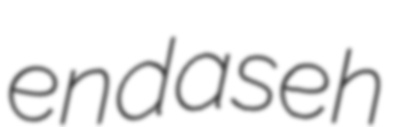
endaseh